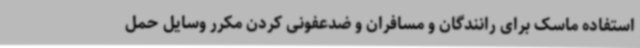
استفاده ماسک برای رانندگان و مسافران و ضدعفونی کردن مکرر وسایل حمل